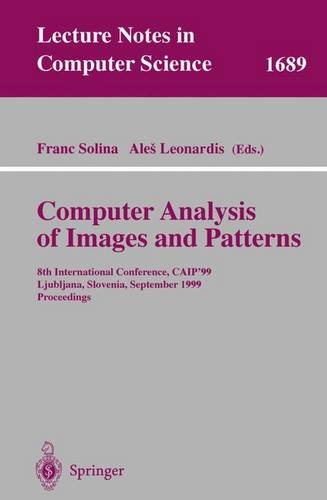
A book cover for Computer Analysis of Images and Patterns: 8th International Conference, CAIP'99 Ljubljana, Slovenia, September 1-3, 1999 Proceedings (Lecture Notes in Computer Science); Computers & Technology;